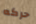
حركه